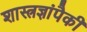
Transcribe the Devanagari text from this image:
शास्त्रज्ञांपैकी